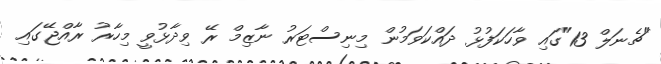
"ޗެނަލް 13"ގައި ވާހަކަފުޅު ދައްކަވަމުން މިނިސްޓަރު ނާޒިމް ރޭ ވިދާޅުވީ މިހާރު ރާއްޖޭގައި